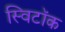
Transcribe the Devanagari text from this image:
स्विटॉक